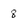
Character: 8